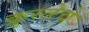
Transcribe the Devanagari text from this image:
क्रुरतेचे